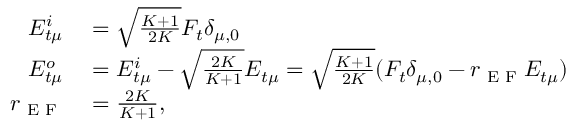
\begin{array} { r l } { E _ { t \mu } ^ { i } } & { { } = \sqrt { \frac { K + 1 } { 2 K } } F _ { t } \delta _ { \mu , 0 } } \\ { E _ { t \mu } ^ { o } } & { { } = E _ { t \mu } ^ { i } - \sqrt { \frac { 2 K } { K + 1 } } E _ { t \mu } = \sqrt { \frac { K + 1 } { 2 K } } ( F _ { t } \delta _ { \mu , 0 } - r _ { \textrm { E F } } E _ { t \mu } ) } \\ { r _ { \textrm { E F } } } & { { } = \frac { 2 K } { K + 1 } , } \end{array}